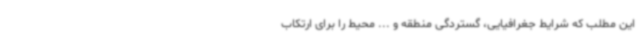
این مطلب که شرایط جغرافیایی، گستردگی منطقه و ... محیط را برای ارتکاب